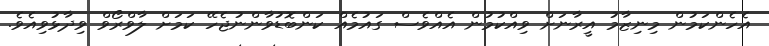
އެހެންކަމުން މިނިޒާމު އީރާނަށް ވިއްކުމުން އެއްވެސް ގައުމެއް ކަންބޮޑުވާންނުޖެހޭ ކަމަށް ލާވްރޯވް ވިދާޅުވިއެވެ.